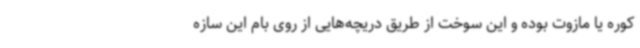
کوره یا مازوت بوده و این سوخت از طریق دریچه‌هایی از روی بام این سازه